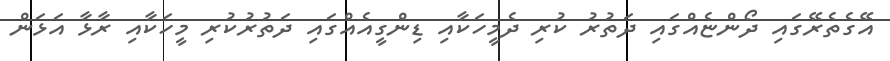
އޭގެތެރޭގައި ދޯންޏެއްގައި ދަތުރު ކުރި ދެމީހަކާއި ޑިންގީއެއްގައި ދަތުރުކުރި މީހަކާއި ރާޅާ އަޅަން